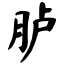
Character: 胪